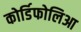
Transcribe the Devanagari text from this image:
कोर्डिफोलिआ